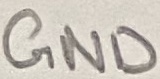
Text: GND